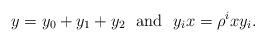
LaTeX: \begin{align*}y=y_0+y_1+y_2\ \textrm{ and }\ y_i x=\rho^{i} x y_i.\end{align*}